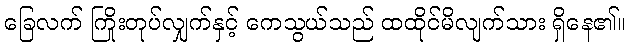
ခြေလက် ကြိုးတုပ်လျှက်နှင့် ကေသွယ်သည် ထထိုင်မိလျက်သား ရှိနေ၏။